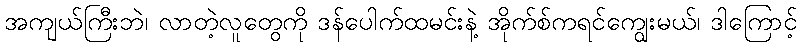
အကျယ်ကြီးဘဲ၊ လာတဲ့လူတွေကို ဒန်ပေါက်ထမင်းနဲ့ အိုက်စ်ကရင်ကျွေးမယ်၊ ဒါကြောင့်